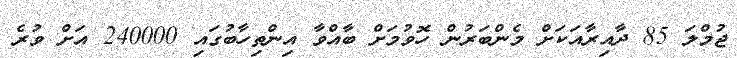
ޖުމްލަ 85 ދާއިރާއަކަށް މެންބަރުން ހޮވުމަށް ބާއްވާ އިންތިހާބުގައި 240000 އަށް ވުރެ